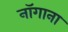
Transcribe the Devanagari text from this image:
नॉगाना